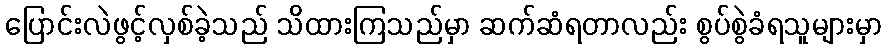
ပြောင်းလဲဖွင့်လှစ်ခဲ့သည် သိထားကြသည်မှာ ဆက်ဆံရတာလည်း စွပ်စွဲခံရသူများမှာ